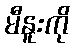
မီနူးကို